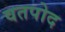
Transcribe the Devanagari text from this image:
वतपोद